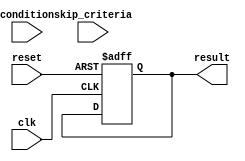
module Loop_with_skip(
    input condition,
    input [2:0] skip_criteria,
    input reset,
    input clk,
    output reg result
);

reg [2:0] counter;

always @(posedge clk or posedge reset) begin
    if (reset) begin
        counter <= 0;
        result <= 0;
    end else begin
        if (condition && (counter != skip_criteria)) begin
            // Execute loop body code here
            
            counter <= counter + 1;
        end else begin
            // Skip this iteration
            counter <= counter + 1;
        end
    end
end

endmodule